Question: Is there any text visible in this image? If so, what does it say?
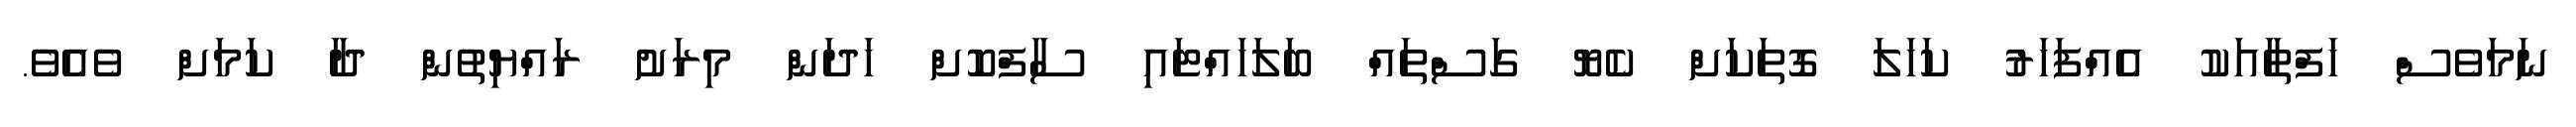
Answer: ނަމަވެސް ހަފްތާއަކު އެއްފަހަރު ކަހަލަ ގޮތަކަށް ކެޔޮ ގަސްތައް ބަލަހައްޓައި ސާފްކޮށް ހަދަން މިރަށު ރައްޔިތުން ދާ ކަމަށް ވެއެވެ.